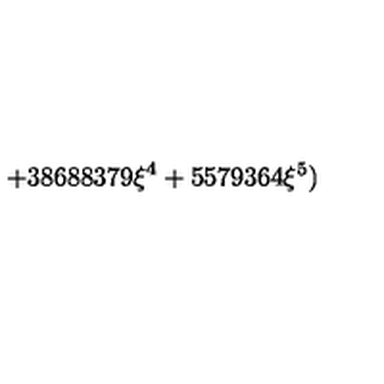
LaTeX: \displaystyle + 3 8 6 8 8 3 7 9 \xi ^ { 4 } + 5 5 7 9 3 6 4 \xi ^ { 5 } )